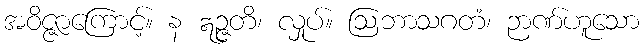
အဝိဇ္ဇာကြောင့်။ န ဣဉ္ဇတိ၊ လှုပ်။ ဩဘာသဂတံ၊ ဉာဏ်ဟူသော